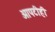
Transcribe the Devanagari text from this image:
आपटीही